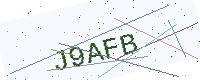
Text: J9AFB